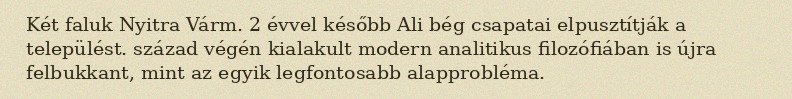
Két faluk Nyitra Várm. 2 évvel később Ali bég csapatai elpusztítják a települést. század végén kialakult modern analitikus filozófiában is újra felbukkant, mint az egyik legfontosabb alapprobléma.